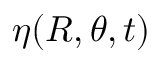
\eta ( R , \theta , t )